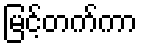
မြင့်တက်ကာ